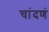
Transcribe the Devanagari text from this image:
चांदणं